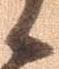
候